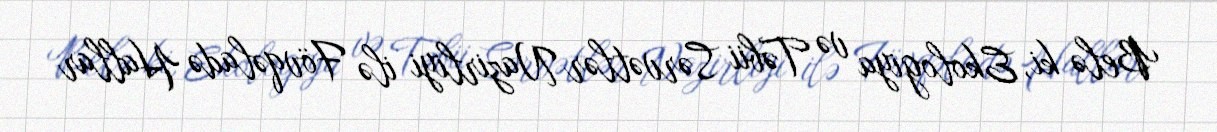
Belə ki, Ekologiya və Təbii Sərvətlər Nazirliyi ilə Fövqəladə Hallar